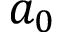
a _ { 0 }